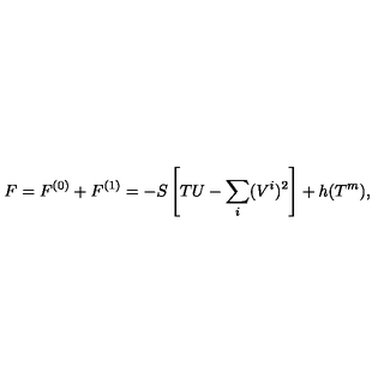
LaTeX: F = F ^ { ( 0 ) } + F ^ { ( 1 ) } = - S \left[ T U - \sum _ { i } ( V ^ { i } ) ^ { 2 } \right] + h ( T ^ { m } ) ,